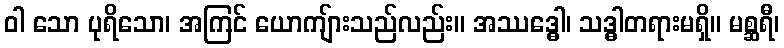
ဝါ သော ပုရိသော၊ အကြင် ယောကျ်ားသည်လည်း။ အဿဒ္ဓေါ၊ သဒ္ဓါတရားမရှိ။ မစ္ဆရီ၊